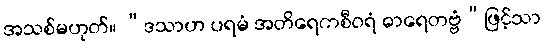
အသစ်မဟုတ်။ “ဒသာဟ ပရမံ အတိရေကစီဝရံ ဓာရေတဗ္ဗံ”ဖြင့်သာ